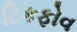
ટિકફોવ